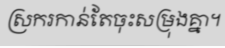
ស្រករកាន់តែចុះសម្រុងគ្នា។